King Institute of Preventive Medicine Micro-Biological Section reports 1912-19
Year: 1912
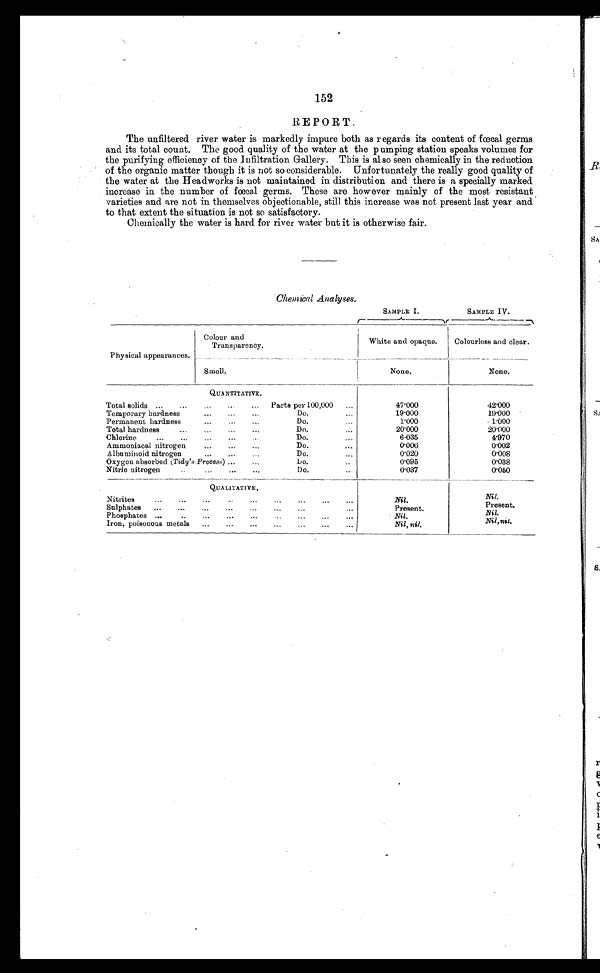
152
REPORT.
The unfiltered river water is markedly impure both as regards its content of fœcal germs
and its total count. The good quality of the water at the pumping station speaks volumes for
the purifying efficiency of the Infiltration Gallery. This is also seen chemically in the reduction
of the organic matter though it is not so considerable. Unfortunately the really good quality of
the water at the Headworks is not maintained in distribution and there is a specially marked
increase in the number of fœcal germs. These are however mainly of the most resistant
varieties and are not in themselves objectionable, still this increase was not present last year and
to that extent the situation is not so satisfactory.
Chemically the water is hard for river water but it is otherwise fair.
Chemical Analyses .
SAMPLE I.
SAMPLE IV.
Physical appearances.
Colour and
Transparency.
White and opaque.
Colourless and clear.
Smell.
None.
None.
QUANTITATIVE.
Total solids ...
...
...
...
...
Parts per 100,000
...
47.000
42.000
Temporary hardness
...
...
...
Do.
...
19.000
19.000
Permanent hardness
...
...
...
Do.
...
1.000
1.000
Total hardness
...
...
...
Do.
...
20.000
20.000
Chlorine
...
...
...
...
Do.
...
6.035
4.970
Ammoniacal nitrogen
... ...
Do.
...
0.006
0.002
Albuminoid nitrogen . . .
...
Do.
...
0.020
0.008
Oxygen absorbed ( Tidy' s Process ) .. .
Do.
...
0.095
0.038
Nitric nitrogen
...
...
Do.
...
0.037
0.050
QUALITATIVE.
Nitrites
...
...
...
...
...
...
...
...
Nil. Nil.
Sulphates
...
...
...
...
...
...
Present.
Present.
Phosphates ...
... ... ... ... ... ...
Nil.
Nil.
Iron, poisonous metals
...
...
...
...
...
...
...
Nil, nil.
Nil,nil.